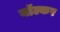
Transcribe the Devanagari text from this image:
वॉल्कर